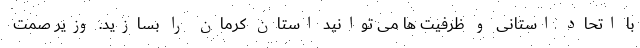
با اتحاد استانی و ظرفیت ها می توانید استان کرمان را بسازید. وزیر صمت